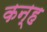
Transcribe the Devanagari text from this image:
कन्ह